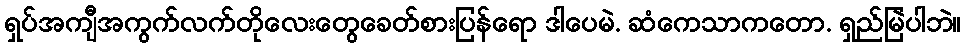
ရှပ်အကျီအကွက်လက်တိုလေးတွေခေတ်စားပြန်ရော ဒါပေမဲ. ဆံကေသာကတော. ရှည်မြဲပါဘဲ။